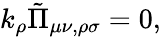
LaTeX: k_{\rho}\tilde{\Pi}_{\mu\nu,\rho\sigma}=0,